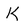
Character: K